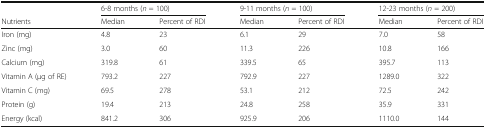
|  | <COLSPAN=2> 6-8 months (n = 100) | <COLSPAN=2> 9-11 months (n = 100) | <COLSPAN=2> 12-23 months (n = 200) |
 | Nutrients | Median | Percent of RDI | Median | Percent of RDI | Median | Percent of RDI |
 | --- | --- | --- | --- | --- | --- | --- |
 | Iron (mg) | 4.8 | 23 | 6.1 | 29 | 7.0 | 58 |
 | Zinc (mg) | 3.0 | 60 | 11.3 | 226 | 10.8 | 166 |
 | Calcium (mg) | 319.8 | 61 | 339.5 | 65 | 395.7 | 113 |
 | Vitamin A (μg of RE) | 793.2 | 227 | 792.9 | 227 | 1289.0 | 322 |
 | Vitamin C (mg) | 69.5 | 278 | 53.1 | 212 | 72.5 | 242 |
 | Protein (g) | 19.4 | 213 | 24.8 | 258 | 35.9 | 331 |
 | Energy (kcal) | 841.2 | 306 | 925.9 | 206 | 1110.0 | 144 |